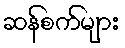
ဆန်စက်များ